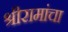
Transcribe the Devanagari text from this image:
श्रीरामांचा